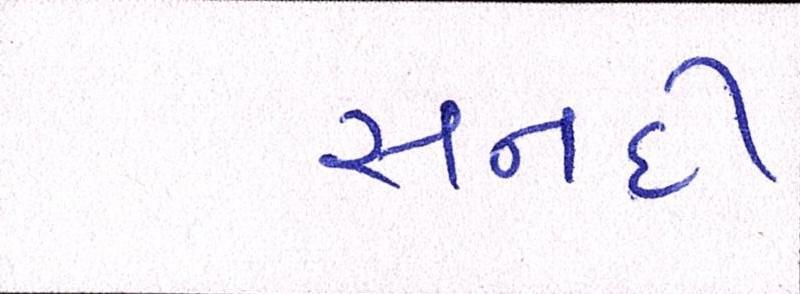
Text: સનદી